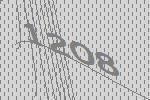
1208